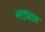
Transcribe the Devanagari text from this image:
शरबश